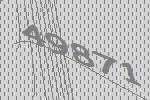
49871